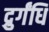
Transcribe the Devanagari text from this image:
द्रुर्गंधि